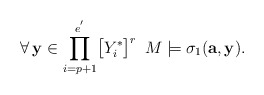
\begin{align*}\forall\,\mathbf{y}\in\displaystyle{\prod_{i=p+1}^{e^{'}}}\big{[}Y_i^*\big{]}^r\,\,\,M\models\sigma_1(\mathbf{a},\mathbf{y}).\end{align*}